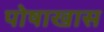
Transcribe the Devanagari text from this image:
पोषाखास